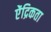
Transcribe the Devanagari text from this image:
ऐंद्रिकता